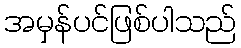
အမှန်ပင်ဖြစ်ပါသည်